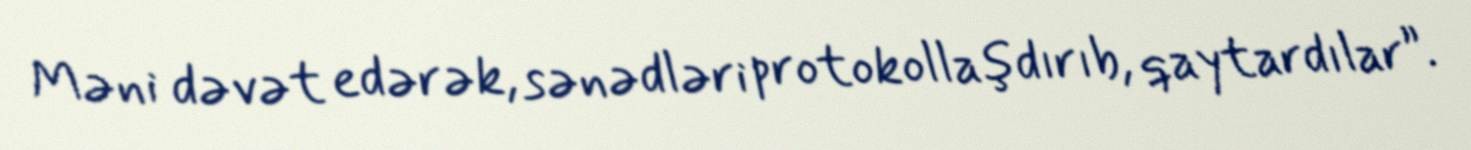
Məni dəvət edərək, sənədləri protokollaşdırıb, qaytardılar”.